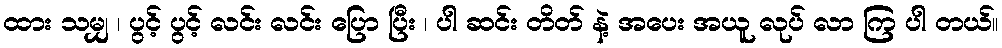
ထား သမျှ ၊ ပွင့် ပွင့် လင်း လင်း ပြော ပြီး ၊ ပါ ဆင်း တိတ် နဲ့ အပေး အယူ လုပ် လာ ကြ ပါ တယ်။